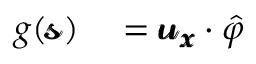
\begin{array} { r l } { g ( \pmb { \mathscr { s } } ) } & { { } = \pmb { \mathscr { u } } _ { \pmb { x } } \cdot \hat { \varphi } } \end{array}